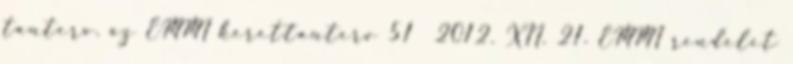
tanterv. az EMMI kerettanterv 51 2012. XII. 21. EMMI rendelet